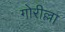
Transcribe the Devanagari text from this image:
गोरील्ला